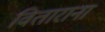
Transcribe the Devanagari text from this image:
विताराना